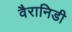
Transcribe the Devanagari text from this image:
वैरानिडी